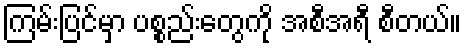
ကြမ်းပြင်မှာ ပစ္စည်းတွေကို အစီအရီ စီတယ်။